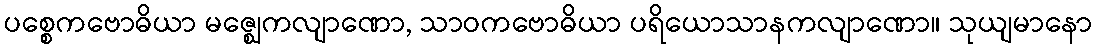
ပစ္စေကဗောဓိယာ မဇ္ဈေကလျာဏော, သာဝကဗောဓိယာ ပရိယောသာနကလျာဏော။ သုယျမာနော